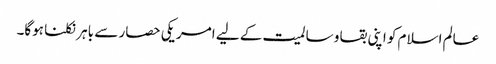
عالم اسلام کو اپنی بقا و سالمیت کے لیے امریکی حصار سے باہر نکلنا ہوگا۔